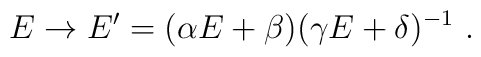
E\rightarrow E^\prime=(\alpha E+\beta)(\gamma E+\delta)^{-1}~.